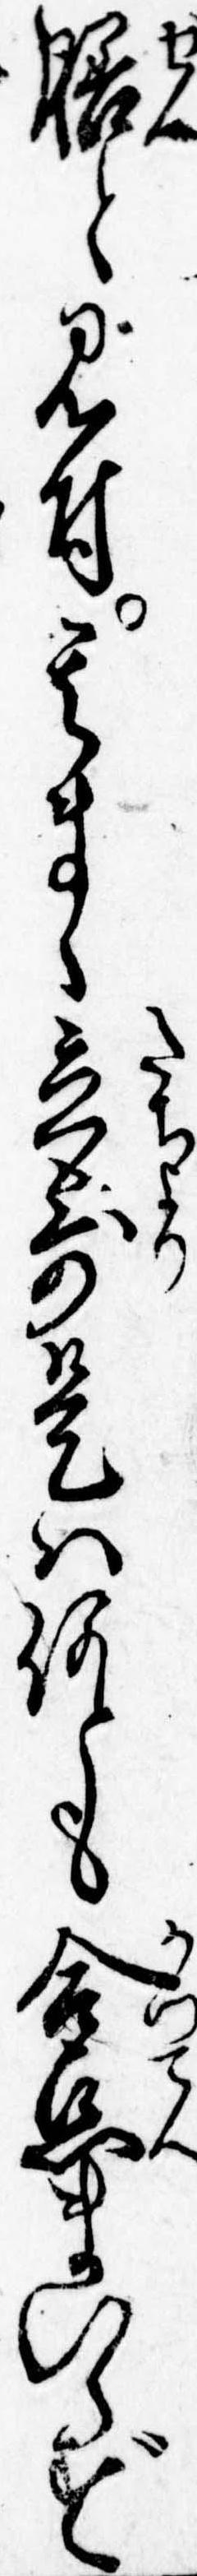
膳と見付其まゝ立寄是は何とも合点まいらず